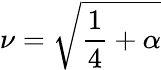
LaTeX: \nu=\sqrt{\frac{1}{4}+\alpha}